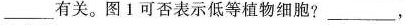
___有关。图1可否表示低等植物细胞?___,